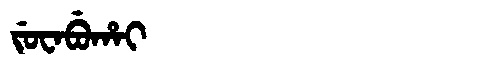
Manchu: ᠵᡠᠸᠠᠪᡠᡥᠠᡳ
Romanization: JUWABUHAI